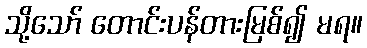
သို့သော် တောင်းပန်တားမြစ်၍ မရ။